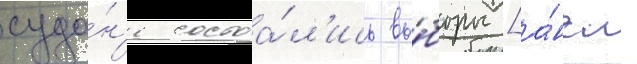
суда́н'е состоа́л'ись вы́боры [а́нгл.